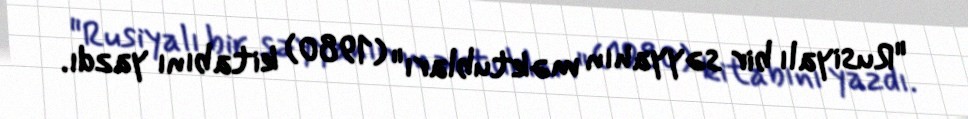
"Rusiyalı bir səyyahın məktubları" (1980) kitabını yazdı.